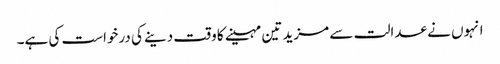
انہوں نے عدالت سے مزید تین مہینے کا وقت دینے کی درخواست کی ہے۔